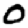
Digit: 0